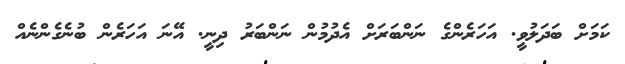
ކަމަށް ބަދަލުވީ. އަހަރެންގެ ނަންބަރަށް އެދުމުން ނަންބަރު ދިނީ. އޭނަ އަހަރެން ބުނެގެންނެއް